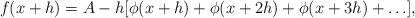
LaTeX: \begin{align*}f(x+h) = A-h [\phi(x+h)+ \phi(x+2h)+ \phi(x+3h)+\ldots],\end{align*}